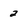
Character: 2